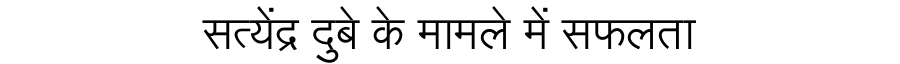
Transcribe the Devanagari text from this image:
सत्येंद्र दुबे के मामले में सफलता